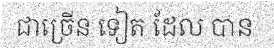
ជាច្រើន ទៀត ដែល បាន